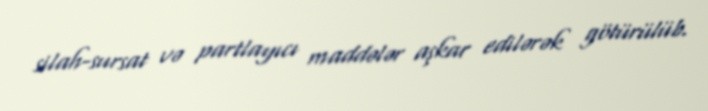
silah-sursat və partlayıcı maddələr aşkar edilərək götürülüb.